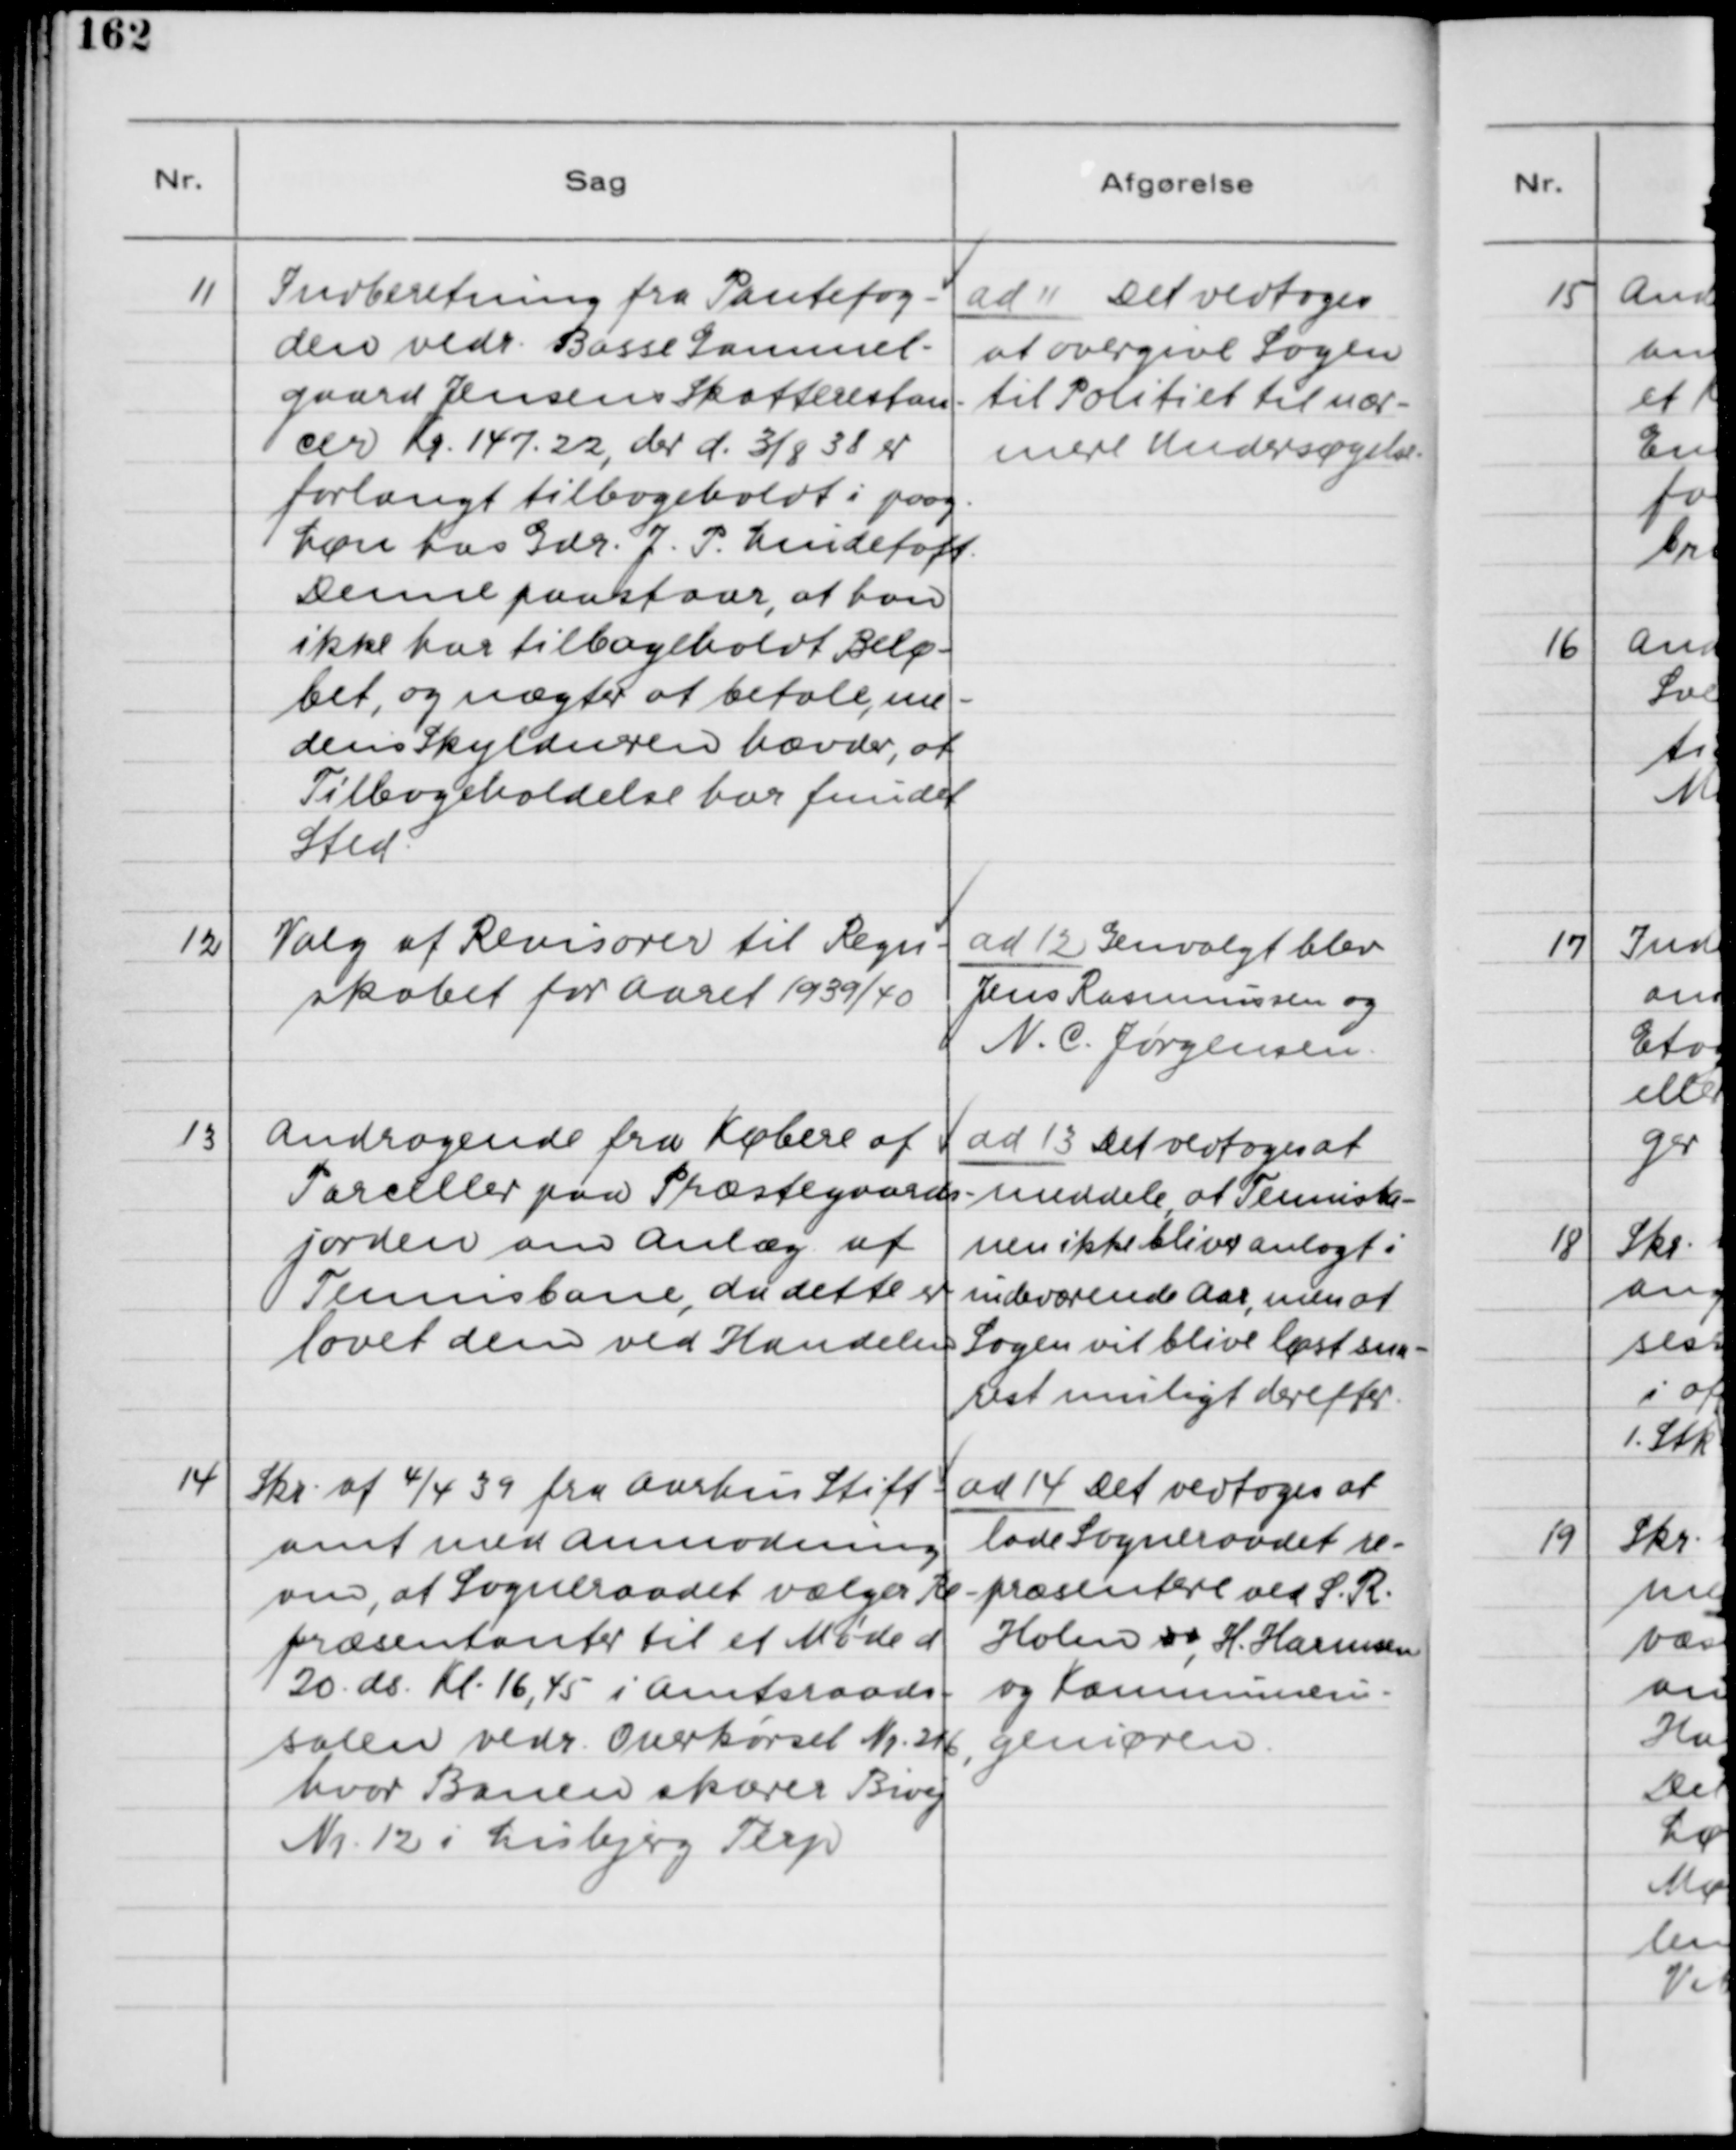
Transskription:
11
Indberetning fra Pantefog-
den vedr. Basse Gammel-
gaard Jensens Skatterestan-
cer Kr. 147.22, der d. 3/8 38 er
forlangt tilbageholdt i paag.
Løn hos Gdr. J. P. Lundetoft.
Denne paastaar, at han
ikke har tilbageholdt Belø-
bet, og nægter at betale, me-
dens Skyldneren hævder, at
Tilbageholdelse har fundet
Sted.

ad 11. Det vedtoges
at overgive Sagen
til Politiet til nær-
mere Undersøgelse.

12
Valg af Revisorer til Regn-
skabet for Aaret 1939/40.

ad 12. Genvalgt blev
Jens Rasmussen og
N. C. Jørgensen

13
Andragende fra Købere af
Parceller paa Præstegaards-
jorden om Anlæg af
Tennisbane, da dette er
lovet dem ved GHandelen.

ad 13. Det vedtoges at
meddele, at Tennisba-
nen ikke bliver anlagt i
indeværende Aar, men at
Sagen vil blive løst sna-
rest muligt derefter.

14.
Skr. af 4/4 39 fra Aarhus Stift-
amt med Anmodning
om, at Sogneraadet vælger Re-
præsentanter til et Møde d.
20. ds. Kl. 16,45 i Amtsraads-
salen vedr. Overkørsel Nr. 216,
hvor Banen skærer Bivej
Nr. 12 i Lisbjerg Terp.

ad 14. Det vedtoges at
lade Sogneraadet re-
præsentere ved S. R.
Holm ss, H. Harmsen
og Kommunein-
geniøren.